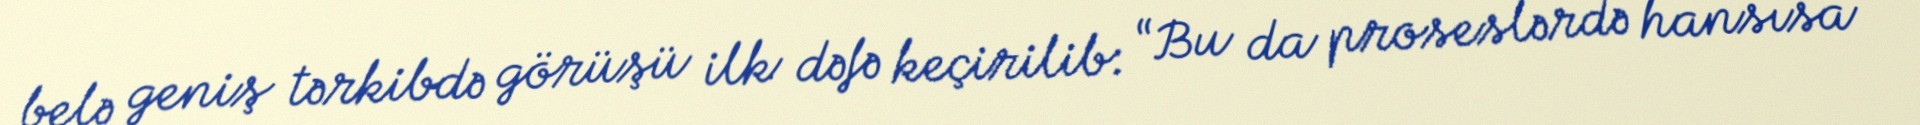
belə geniş tərkibdə görüşü ilk dəfə keçirilib: “Bu da proseslərdə hansısa